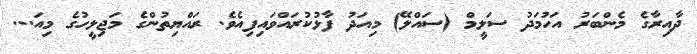
ދާއިރާގެ މެންބަރު އަހުމަދު ސަލީމް (ސައްލޭ) މިއަދު ފާޅުކުރައްވައިފިއެވެ. ރައްޔިތުންގެ މަޖިލީހުގެ މިއަ...